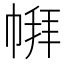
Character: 𪩹